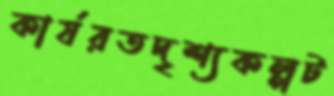
কার্যরতদৃশ্যকল্পট